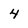
Character: 4